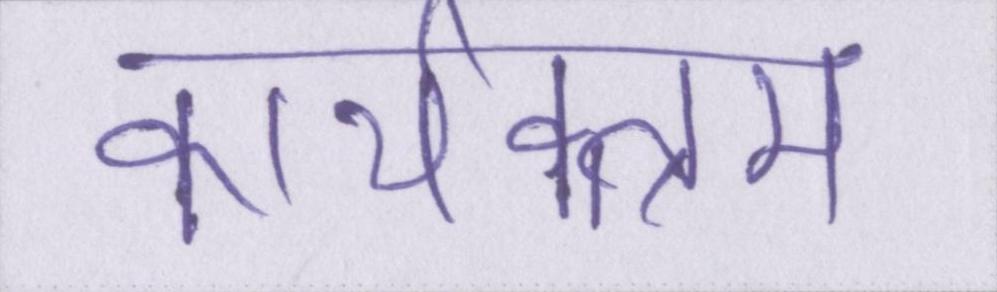
कार्यक्त्रम